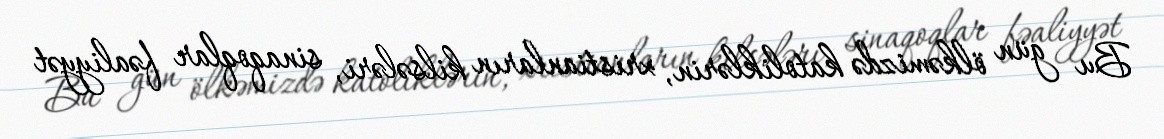
Bu gün ölkəmizdə katoliklərin, xristianların kilsələri, sinaqoqlar fəaliyyət